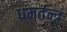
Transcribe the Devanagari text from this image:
धमर्तन्त्र